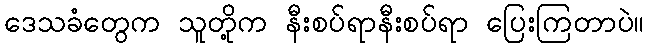
ဒေသခံတွေက သူတို့က နီးစပ်ရာနီးစပ်ရာ ပြေးကြတာပဲ။